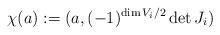
LaTeX: \begin{align*} \chi(a):=(a,(-1)^{\dim V_i/2}\det J_i)\end{align*}